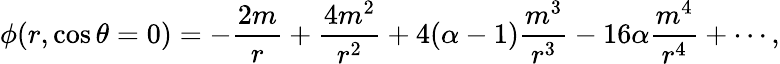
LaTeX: \phi(r,\cos\theta=0)=-\frac{2m}{r}+\frac{4m^{2}}{r^{2}}+4(\alpha-1)\frac{m^{3}}{r^{3}}-16\alpha\frac{m^{4}}{r^{4}}+\cdots,